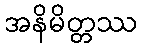
အနိမိတ္တဿ